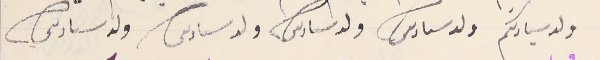
ولد سيادتكم ولد سىادىكم ولد سىادىكم ولد سىادىكم ولد سىادىكم